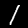
Digit: 1